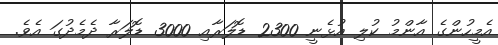
އެމީހުންގެ އާންމު ކުލި އުޅެނީ 2300 ޑޮލަރާއި 3000 ޑޮލަރާ ދެމެދުގަ އެވެ.